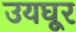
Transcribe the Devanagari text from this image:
उयघूर